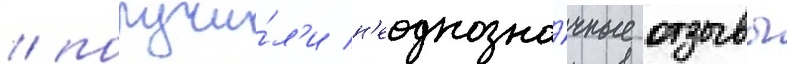
/ получи́л'и н'еоднозна́чные отзывы